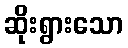
ဆိုးရွားသော